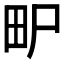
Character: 𤰨